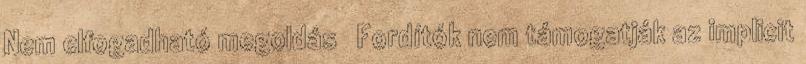
Nem elfogadható megoldás ● Fordítók nem támogatják az implicit